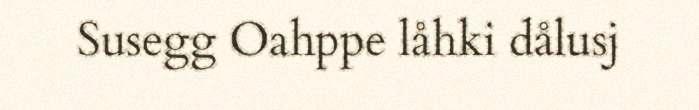
Susegg Oahppe låhki dålusj